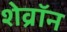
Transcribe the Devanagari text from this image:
शेव्रॉन